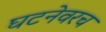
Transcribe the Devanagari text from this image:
घटनेवरच